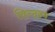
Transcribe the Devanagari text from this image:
विन्द्हम